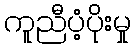
ကူညီပံ့ပိုးမှု